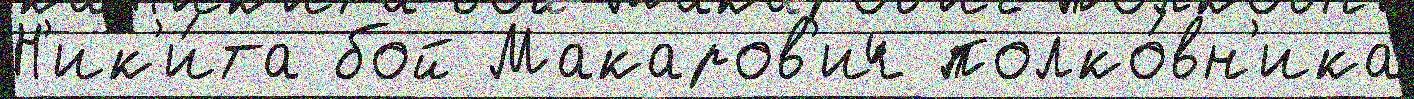
Н'ик'и́та бой Макаров'ич полко́вн'ика